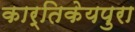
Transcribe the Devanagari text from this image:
कार्तिकेयपुरा